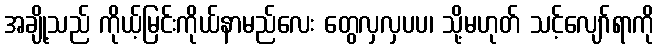
အချို့သည် ကိုယ့်မြင်းကိုယ်နာမည်လေး တွေလှလှပပ၊ သို့မဟုတ် သင့်လျော်ရာကို